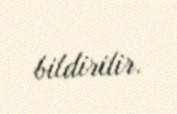
bildirilir.